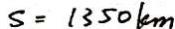
S = 1 3 5 0 k m